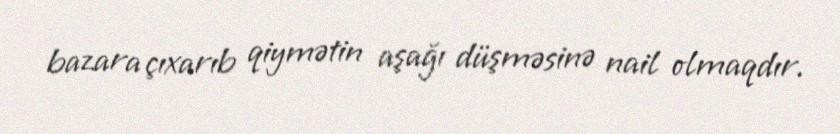
bazara çıxarıb qiymətin aşağı düşməsinə nail olmaqdır.